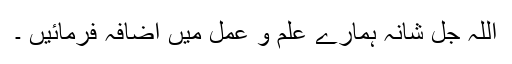
اللہ جل شانہ ہمارے علم و عمل میں اضافہ فرمائیں ۔